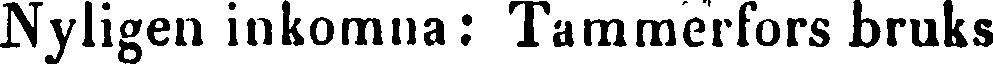
Nyligen inkomna: Tammerfors bruks